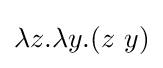
\lambda z.\lambda y.(z\ y)